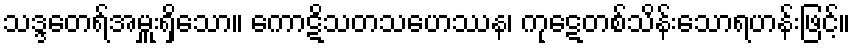
သဒ္ဒတေရ်အမှူးရှိသော။ ကောဋိသတသဟေဿန၊ ကုဋေတစ်သိန်းသောရဟန်းဖြင့်။